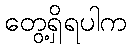
တွေ့ရှိရပါက